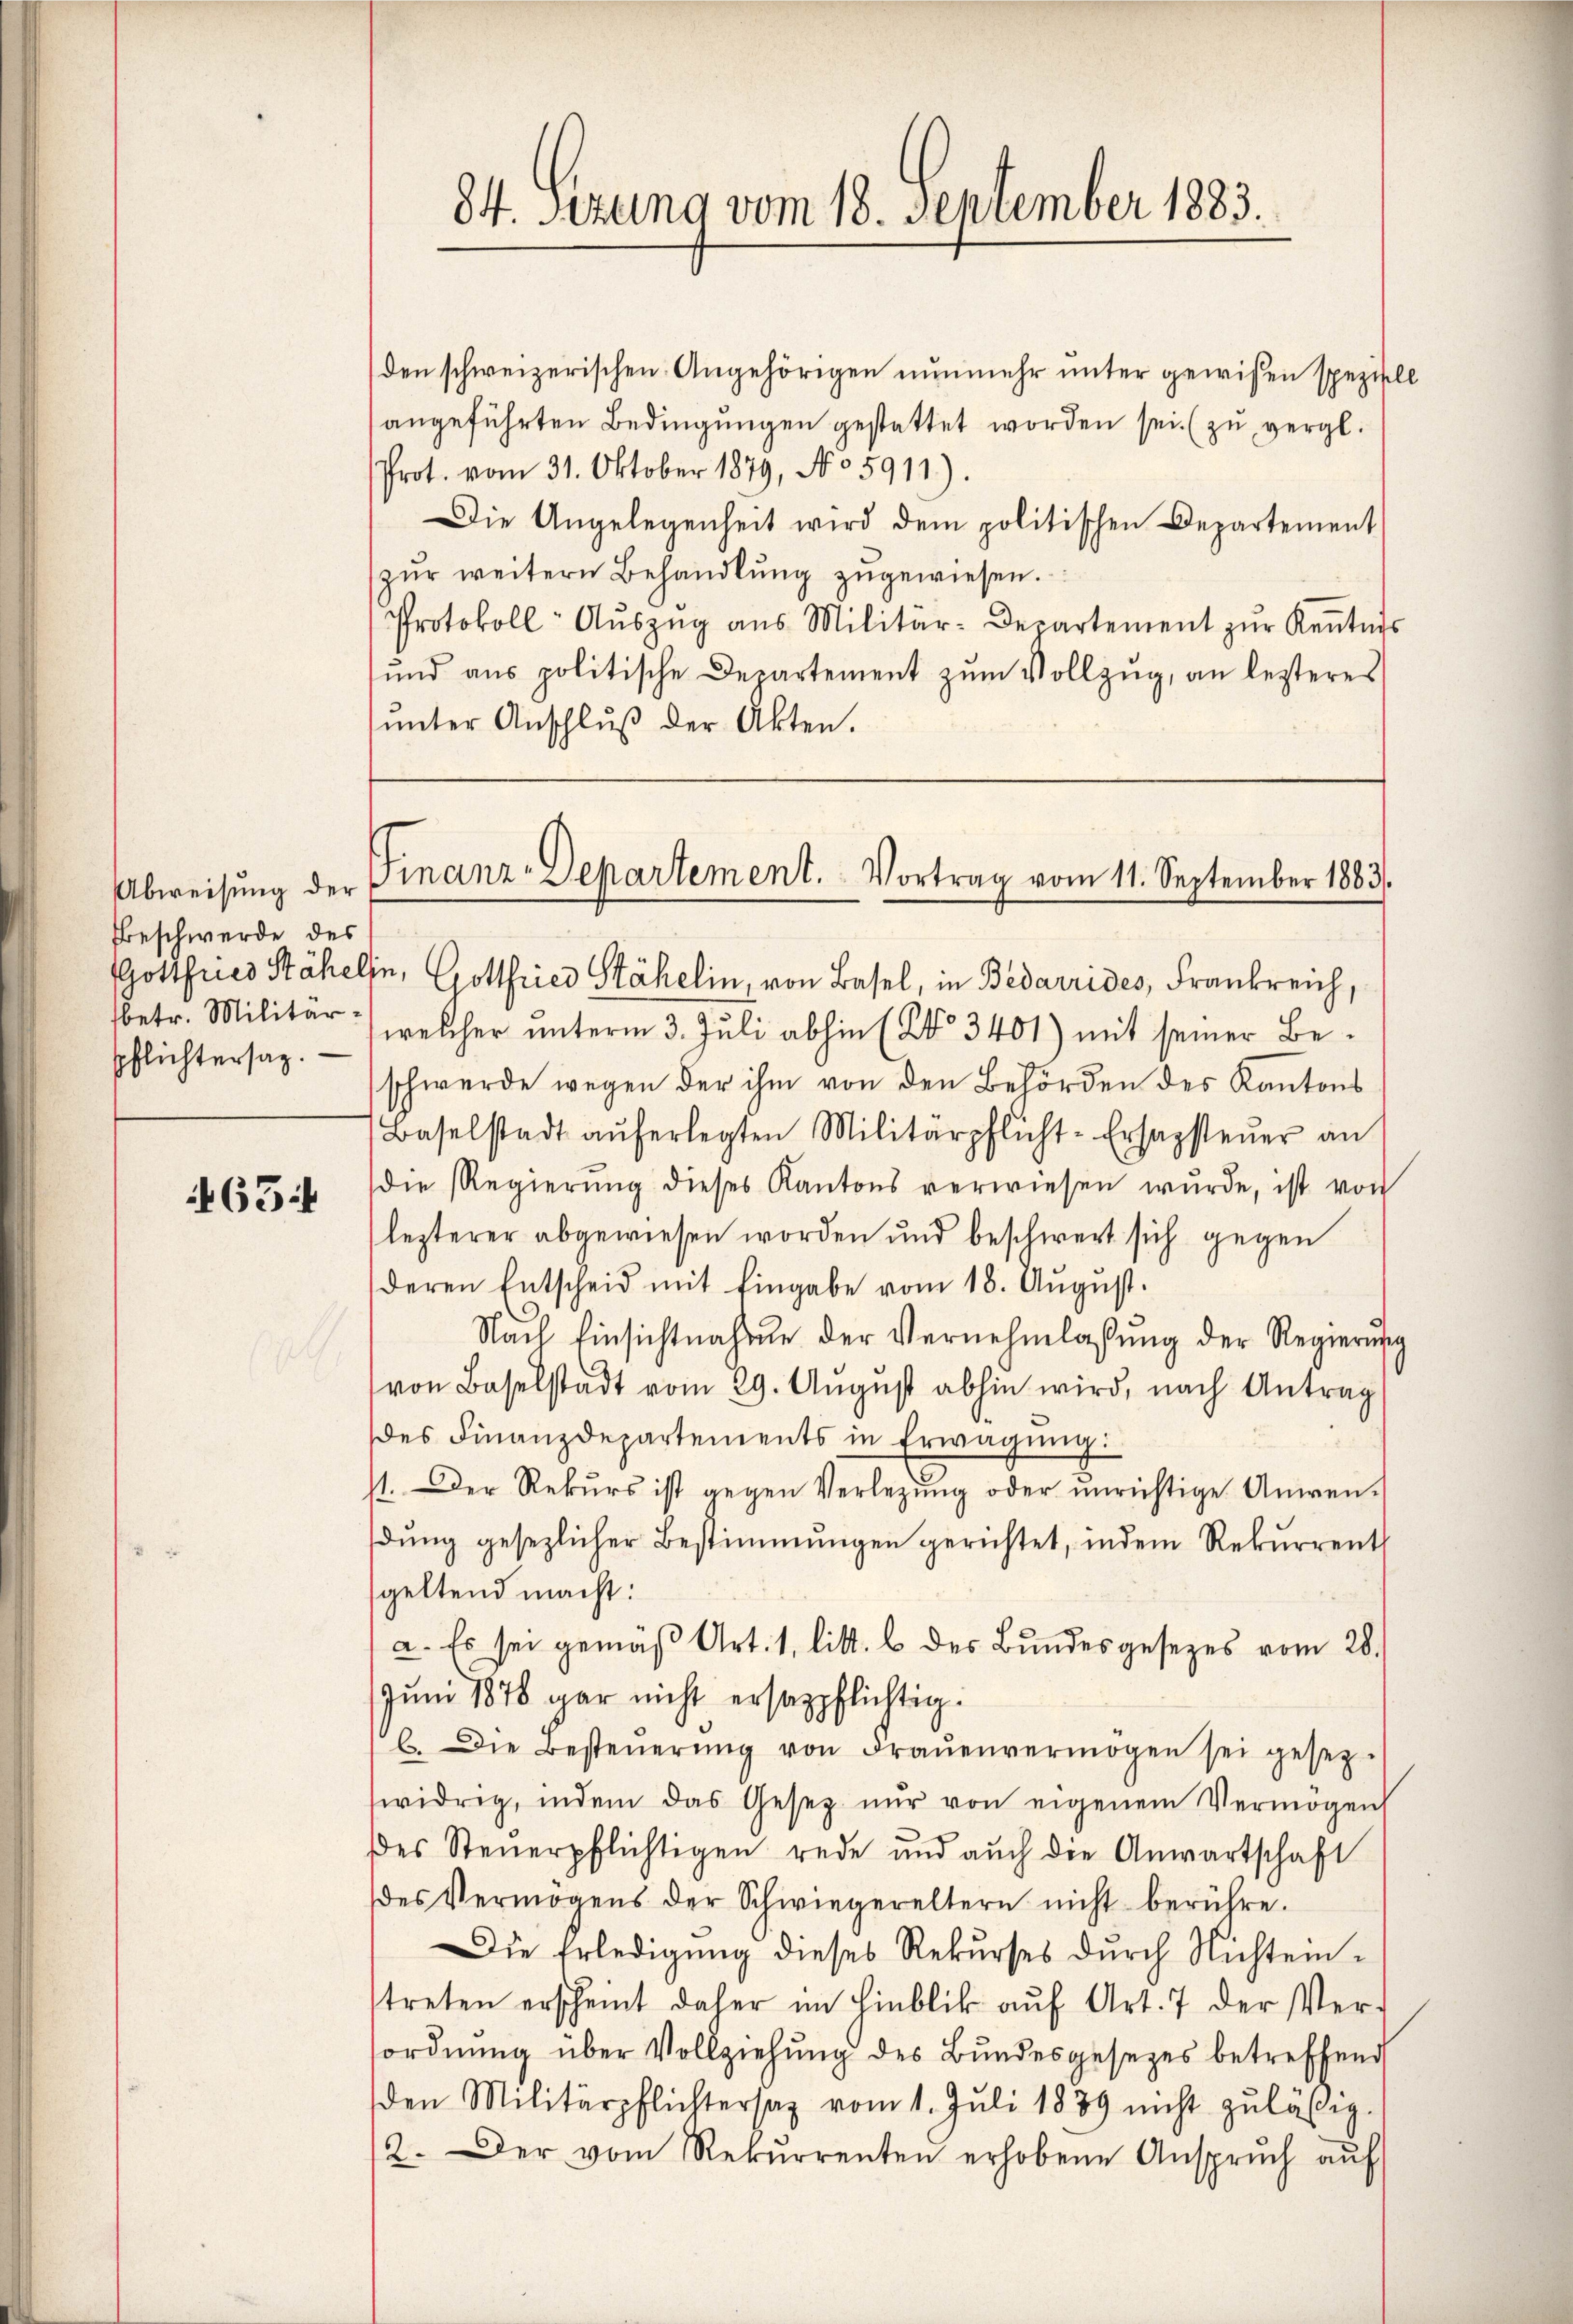
Abweisung der
Beschwerde des
Gottfuer Stäheli
sbetr. Militärpflichtersag

65:

den schweizerischen Angehörigen nunmehr unter gewissen speziell
angeführten Bedingungen gestattet worden sei. (zu vergl.
Prot. vom 31. Oktober 1879, No 5911).
Die Angelegenheit wird dem politischen Departement
zŭr weitern Behandlŭng zugewiesen.
Protokoll- Aŭszŭg aŭs Militär-Departement zŭr Keṅtnis
ŭnd ans politische Departement zŭm Vollzŭg, an letzteres
ŭnter Anschlŭβ der Akten.

84. sezung vom 18. September 1883.

Finanz-Departement. Vortrag vom 11. September 1883.

u. Gottfried Stähelin, von Basel, in Bedarrides, Frankreich,
welcher unterm 3. Juli abhin (No 3401) mit seiner Beschwerde wegen der ihm von den Behörden des Kantons
Baselstadt aŭferlegten Militärpflicht-Ersapsteŭer an
die Regierŭng dieses Kantons verwiesen wŭrde, ist von
lezterer abgewiesen worden und beschwert sich gegen
deren Entscheid mit Eingabe vom 18. Aŭgŭst.
Nach Einsichtnahme der Vernehmlassŭng der Regierung
von Baselstadt vom 29. Aŭgŭst abhin wird, nach Antrag
des Finanzdepartements in Erwägŭng:
1. Der Rekurs ist gegen Verlegung oder unrichtige Anwen-
dŭng gesezlicher Bestimmungen gerichtet, indem Rekurrent
geltend macht:
a. Es sei gemäß Art. 1, litt. b des Bundesgesezes vom 28.
Juni 1876 gar nicht ersazpflichtig.
b. Die Besteŭerŭng von Fraŭenvermögen sei gesez-
widrig, indem das Gesez nŭr von eigenem Vermögen
des Steŭerpflichtigen rede und aŭch die Anwartschaft
des Vermögens der Schwiegereltern nicht berühre.
Die Erledigŭng dieses Rekŭrses dŭrch Nichtein-
treten erscheint daher im Hinblik auf Art. 7 der Ver-
ordnung über Vollziehung des Bundesgesetzes betreffend
den Militärpflichtersaz vom 1. Juli 1889 nicht zuläßig.
2. Der vom Rekurrenten erhobene Ansprŭch aŭf